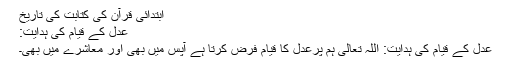
ابتدائی قرآن کی کتابت کی تاریخ
عدل کے قیام کی ہدایت:
عدل کے قیام کی ہدایت: اللہ تعالی ہم پرعدل کا قیام فرض کرتا ہے آپس میں بھی اور معاشرے میں بھی۔